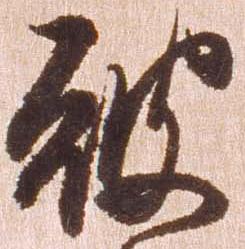
彼